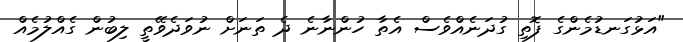
"އަޅުގަނޑުމެންގެ ފޮތި ގުދަނެއްވެސް އެތާ ހުންނާނެ ދެ ތަނަށް ނުވަދެވޭތީ ލިބުން ގެއްލުމެއް